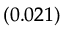
_ { ( 0 . 0 2 1 ) }